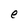
Character: e